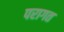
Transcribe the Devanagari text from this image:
परागत